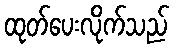
ထုတ်ပေးလိုက်သည်